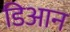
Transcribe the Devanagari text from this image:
डिआन